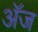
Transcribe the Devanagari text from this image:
अॅज